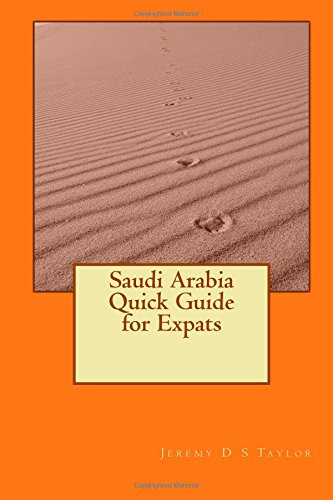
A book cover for Saudi Arabia Quick Guide for Expats; Jeremy D S Taylor; Travel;